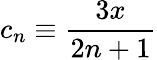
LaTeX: c_{n}\equiv{\frac{3x}{2n+1}}